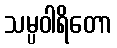
သမ္ပဝါရိတော